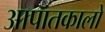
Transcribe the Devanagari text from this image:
आपातकालों